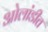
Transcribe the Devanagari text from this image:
ओलांडीत